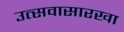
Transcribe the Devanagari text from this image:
उत्सवासारखा